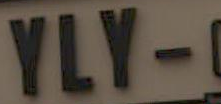
YLY-